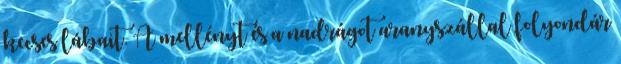
kecses lábait. A mellényt és a nadrágot aranyszállal folyondár